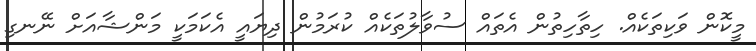
މީކޮން ވަކިތަކެއް. ހިތާހިތުން އެތައް ސުވާލުތަކެއް ކުރަމުން ދިޔައީ އެކަމަކީ މަންޝާއަށް ނޭނގި